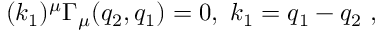
( k _ { 1 } ) ^ { \mu } \Gamma _ { \mu } ( q _ { 2 } , q _ { 1 } ) = 0 , \, \, k _ { 1 } = q _ { 1 } - q _ { 2 } \, \, ,